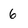
Character: 6